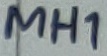
Text: MH1